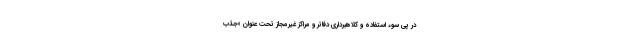
در پی سوء استفاده و کلاهبرداری دفاتر و مراکز غیرمجاز تحت عنوان «جذب